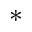
^ *